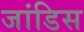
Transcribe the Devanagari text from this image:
जांडिस